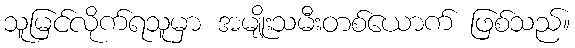
သူမြင်လိုက်ရသူမှာ အမျိုးသမီးတစ်ယောက် ဖြစ်သည်။